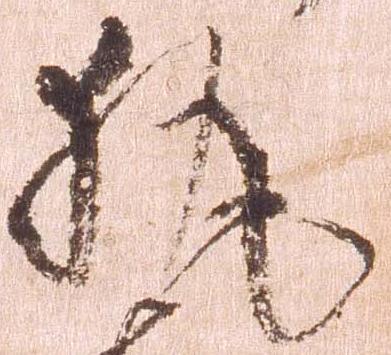
執